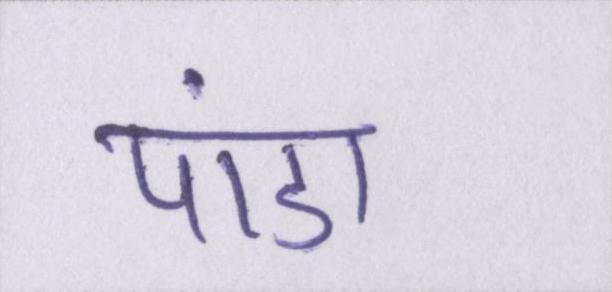
पांडा